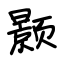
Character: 颢